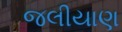
જલીયાણ